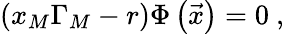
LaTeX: \left(x_{M}\Gamma_{M}-r\right)\Phi\left(\vec{x}\right)=0\ ,